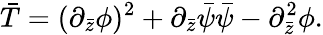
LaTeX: \bar{T}=(\partial_{\bar{z}}\phi)^{2}+\partial_{\bar{z}}\bar{\psi}\bar{\psi}-\partial_{\bar{z}}^{2}\phi.